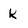
Character: k